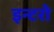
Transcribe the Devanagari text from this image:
इन्टरो